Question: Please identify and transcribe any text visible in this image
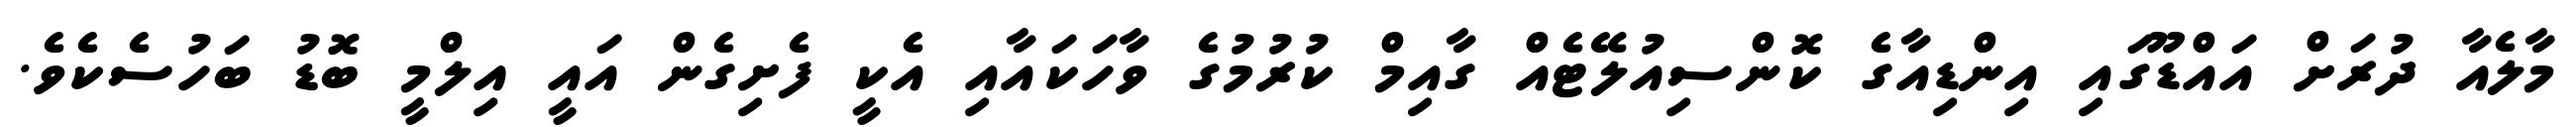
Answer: މާލެއާ ދުރަށް އައްޑޫގައި އިންޑިއާގެ ކޮންސިއުލޭޓެއް ގާއިމް ކުރުމުގެ ވާހަކައާއި އެކީ ފެށިގެން އައީ އިލްމީ ބޮޑު ބަހުސެކެވެ.